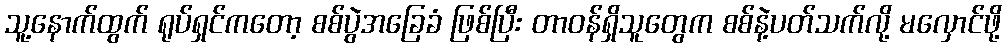
သူ့နောက်ထွက် ရုပ်ရှင်ကတော့ စစ်ပွဲအခြေခံ ဖြစ်ပြီး တာဝန်ရှိသူတွေက စစ်နဲ့ပတ်သက်လို့ မလှောင်ဖို့